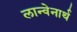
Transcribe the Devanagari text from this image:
लान्वेनार्थ